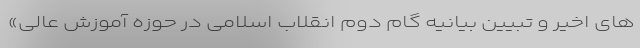
های اخیر و تبیین بیانیه گام دوم انقلاب اسلامی در حوزه آموزش عالی»